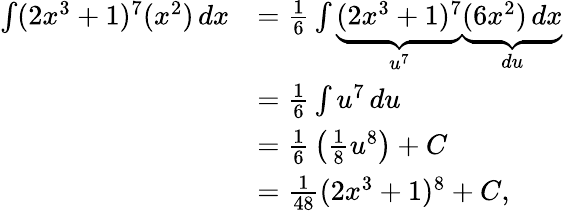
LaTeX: {\begin{array}{rl}{\int(2x^{3}+1)^{7}(x^{2})\, dx}&{={\frac{1}{6}}\int\underbrace{(2x^{3}+1)^{7}}_{u^{7}}\underbrace{(6x^{2})\, dx}_{du}}\\ &{={\frac{1}{6}}\int u^{7}\, du}\\ &{={\frac{1}{6}}\left({\frac{1}{8}}u^{8}\right)+C}\\ &{={\frac{1}{48}}(2x^{3}+1)^{8}+C,}\end{array}}